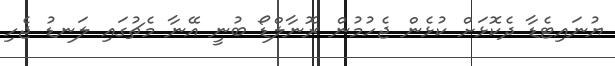
ޔުނައިޓެޑާ ދެކޮޅަށް ކުޅެން ޖެހުމުން ރޮނާލްޑޯ ބުނީ އޭނާ މެޗުގައި ލަނޑު ޖެހި